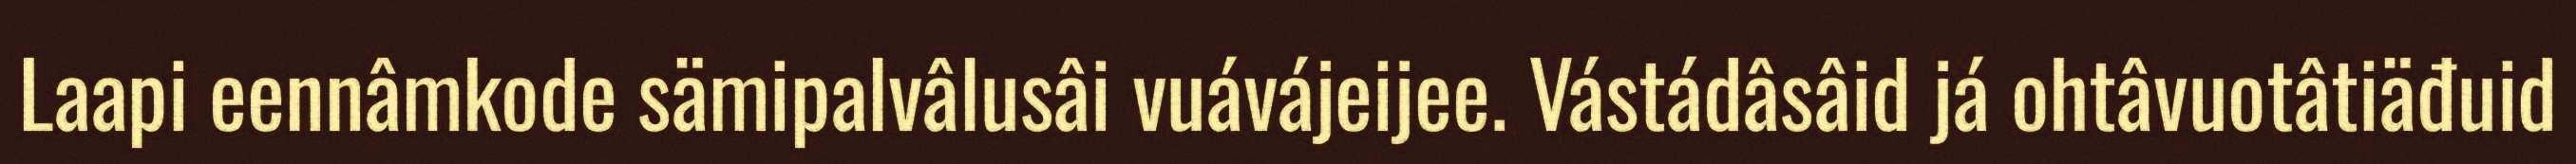
Laapi eennâmkode sämipalvâlusâi vuávájeijee. Vástádâsâid já ohtâvuotâtiäđuid